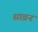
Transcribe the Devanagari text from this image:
साव्रन